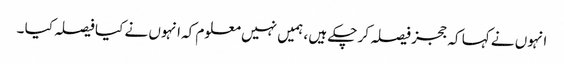
انہوں نے کہا کہ ججز فیصلہ کر چکے ہیں ، ہمیں نہیں معلوم کہ انہوں نے کیا فیصلہ کیا ۔